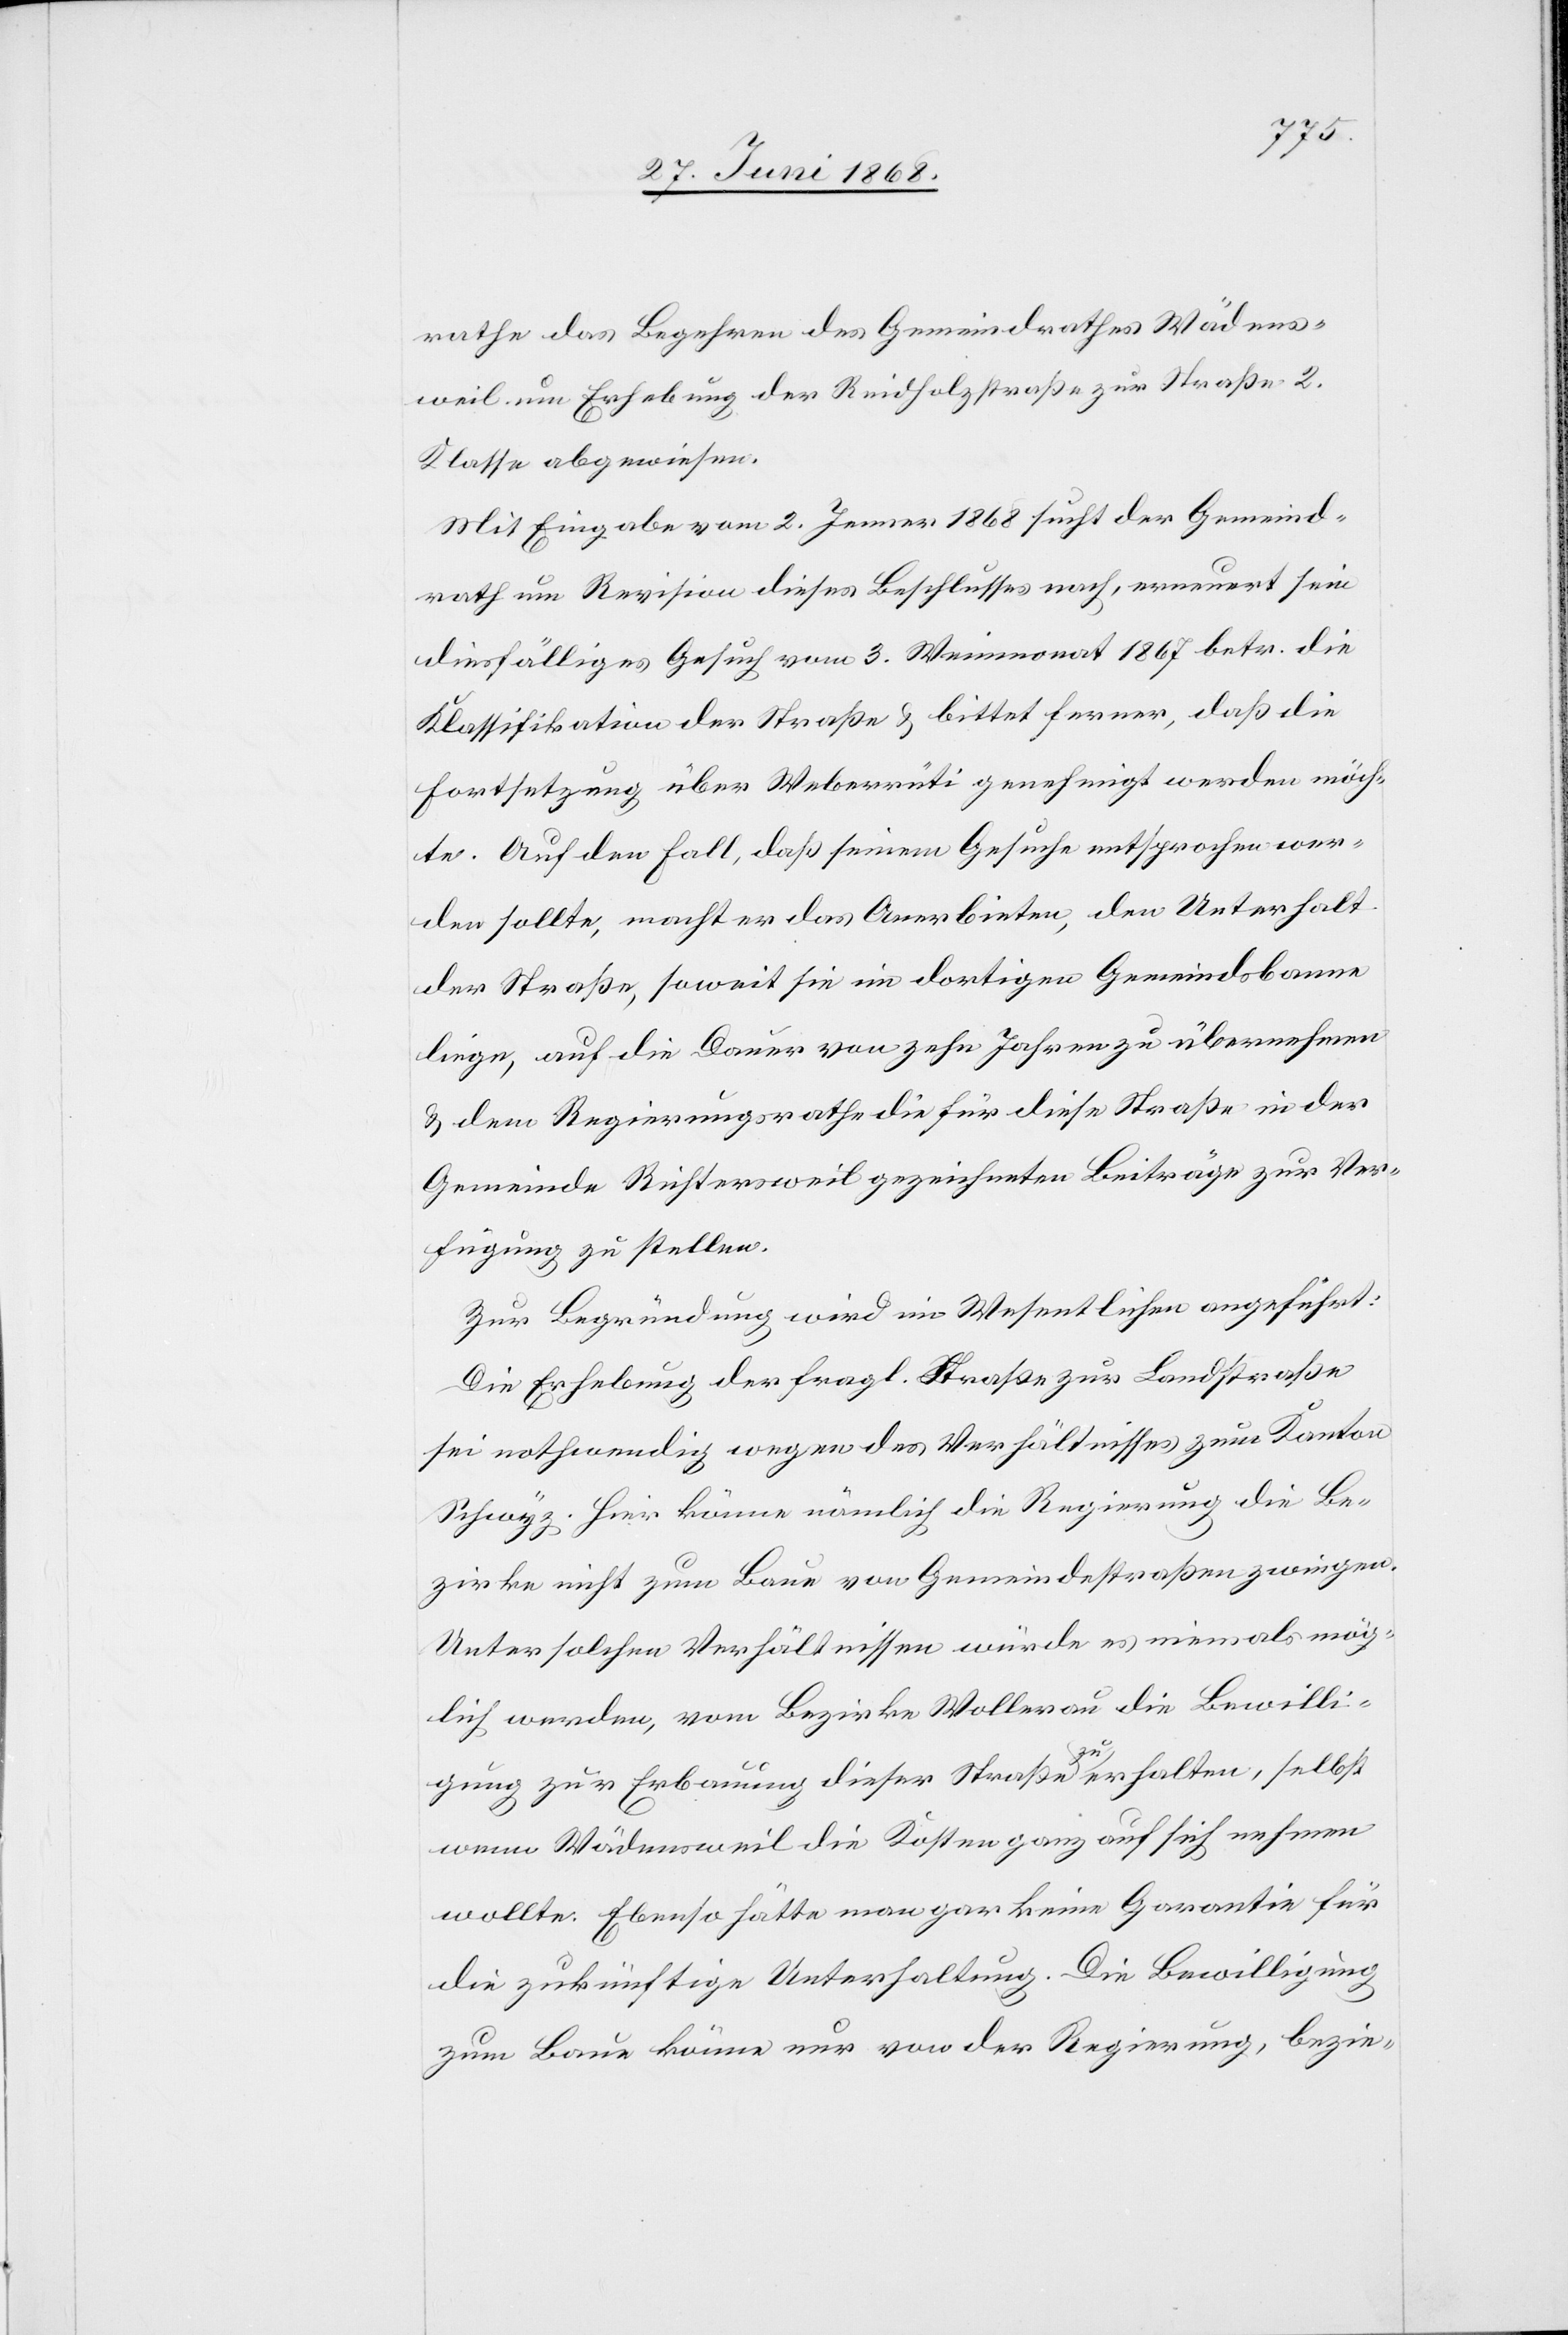
rathe das Begehren des Gemeindrathes Wädens¬
weil um Erhebung der Reidholzstraße zur Straße 2.
Klasse abgewiesen.
Mit Eingabe vom 2. Jenner 1868 sucht der Gemeind¬
rath um Revision dieses Beschlusses nach, erneuert sein
diesfälliges Gesuch vom 3. Weinmonat 1867 betr. die
Klassifikation der Straße & bittet ferner, daß die
Fortsetzung über Weberrüti genehmigt werden möch¬
te. Auf den Fall, daß seinem Gesuche entsprochen wer¬
den sollte, macht er das Anerbieten, den Unterhalt
der Straße, soweit sie im dortigen Gemeindsbanne
liege, auf die Dauer von zehn Jahren zu übernehmen
& dem Regierungsrathe die für diese Straße in der
Gemeinde Richtersweil gezeichneten Beiträge zur Ver¬
fügung zu stellen.
Zur Begründung wird im Wesentlichen angeführt:
Die Erhebung der fragl. Straße zur Landstraße
sei nothwendig wegen des Verhältnisses zum Kanton
Schwyz. Hier könne nämlich die Regierung die Be¬
zirke nicht zum Baue von Gemeindestraßen zwingen.
Unter solchen Verhältnissen würde es niemals mög¬
lich werden, vom Bezirke Wollerau die Bewilli¬
gung zur Erbauung dieser Straße zu erhalten, selbst
wenn Wädensweil die Kosten ganz auf sich nehmen
wollte. Ebenso hätte man gar keine Garantie für
die zukünftige Unterhaltung. Die Bewilligung
zum Baue könne nur von der Regierung, bezie-